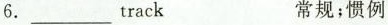
6. ___ track 常规；惯例